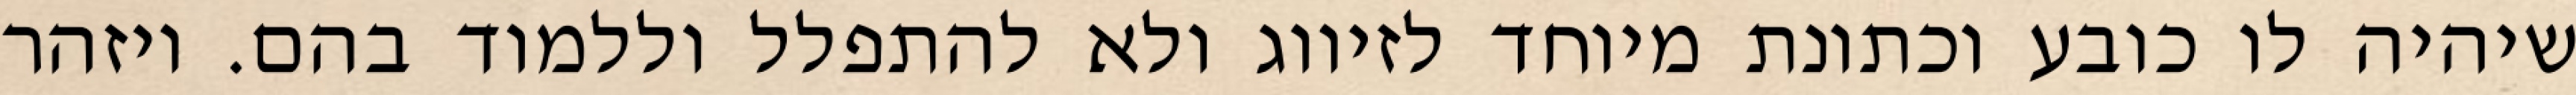
שיהיה לו כובע וכתונת מיוחד לזיווג ולא להתפלל וללמוד בהם. ויזהר